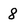
Character: 8